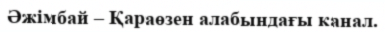
Әжімбай – Қараөзен алабындағы канал.